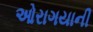
ઓરાગયાની